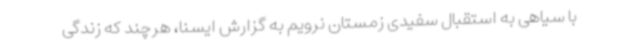
با سیاهی به استقبال سفیدی زمستان نرویم به گزارش ایسنا، هرچند که زندگی